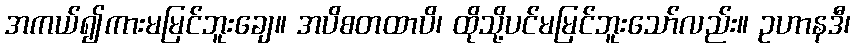
အကယ်၍ကားမမြင်ဘူးချေ။ အပိစတထာပိ၊ ထိုသို့ပင်မမြင်ဘူးသော်လည်း။ ဥဟာနဒီ၊